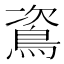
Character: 䳐